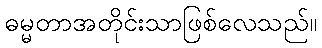
ဓမ္မတာအတိုင်းသာဖြစ်လေသည်။